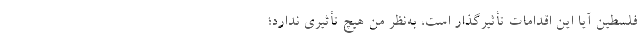
فلسطین آیا این اقدامات تأثیر‌گذار است، به‌نظر من هیچ تأثیری ندارد؛